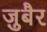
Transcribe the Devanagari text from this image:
जु़बैर